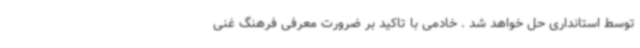
توسط استانداری حل خواهد شد . خادمی با تاکید بر ضرورت معرفی فرهنگ غنی